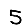
Digit: 5